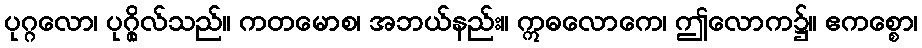
ပုဂ္ဂလော၊ ပုဂ္ဂိုလ်သည်။ ကတမောစ၊ အဘယ်နည်း။ ဣဓလောကေ၊ ဤလောက၌။ ဧကစ္စော၊